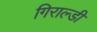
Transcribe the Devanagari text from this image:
गिराल्डी